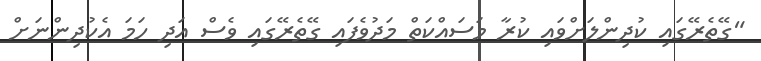
"ގޭތެރޭގައި ކުދިންލަށްވައި ކުރާ މަސައްކަތް މަދުވެފައި ގޭތެރޭގައި ވެސް އަދި ހަމަ އެކުދިންނަށް